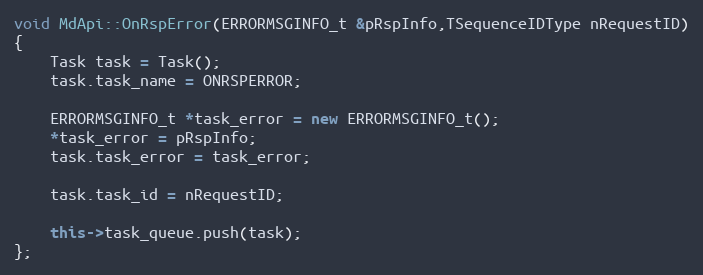
Language: C++
void MdApi::OnRspError(ERRORMSGINFO_t &pRspInfo,TSequenceIDType nRequestID)
{
	Task task = Task();
	task.task_name = ONRSPERROR;

	ERRORMSGINFO_t *task_error = new ERRORMSGINFO_t();
	*task_error = pRspInfo;
	task.task_error = task_error;

	task.task_id = nRequestID;

	this->task_queue.push(task);
};